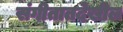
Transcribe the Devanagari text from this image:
संगीतातदेखील